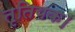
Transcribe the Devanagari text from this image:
तृतियक।